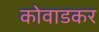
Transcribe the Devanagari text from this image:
कोवाडकर